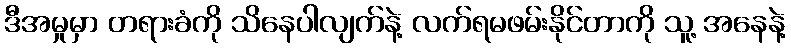
ဒီအမှုမှာ တရားခံကို သိနေပါလျက်နဲ့ လက်ရမဖမ်းနိုင်တာကို သူ့ အနေနဲ့